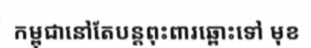
កម្ពុជានៅតែបន្តពុះពារឆ្ពោះទៅ មុខ